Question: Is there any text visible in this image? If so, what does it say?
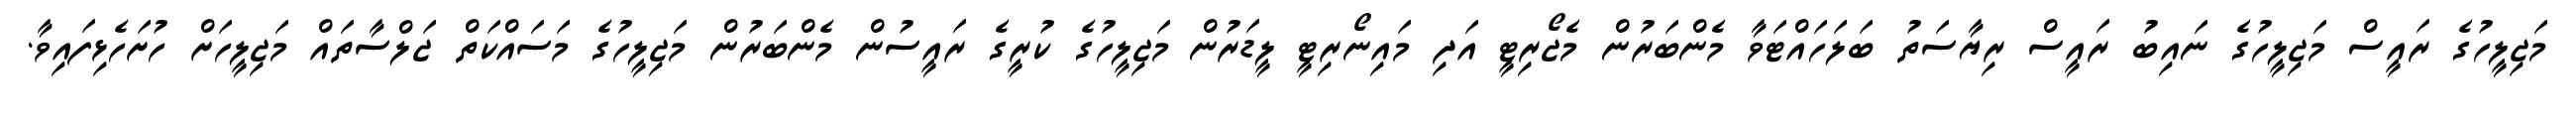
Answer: މަޖިލީހުގެ ރައީސް މަޖިލީހުގެ ނައިބު ރައީސް ރިޔާސަތު ބަލަހައްޓަވާ މެންބަރުން މެޖޯރިޓީ އަދި މައިނޯރިޓީ ލީޑަރުން މަޖިލީހުގެ ކުރީގެ ރައީސުން މެންބަރުން މަޖިލީހުގެ މަސައްކަތް ޖަލްސާތައް މަޖިލީހަށް ހުށަހެޅިފައިވާ.